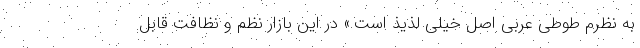
به نظرم طوطی عربی اصل خیلی لذیذ است.» در این بازار نظم و نظافت قابل